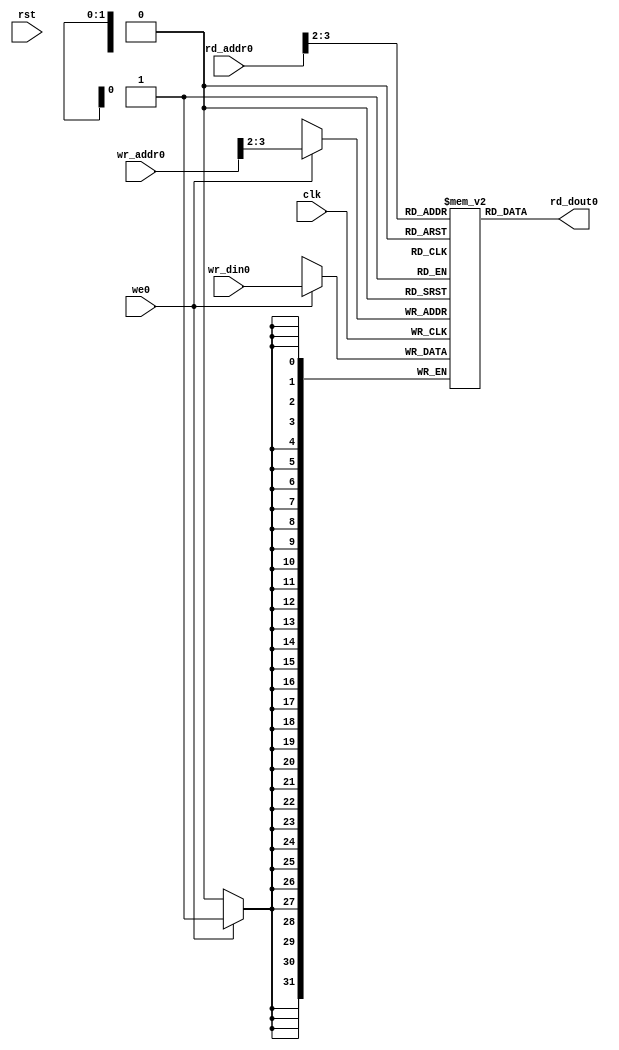
`timescale 1ns / 1ps
//////////////////////////////////////////////////////////////////////////////////
// Company: 
// Engineer: 
// 
// Design Name: 
// Module Name: mem_1r1w
// Project Name: 
// Target Devices: 
// Tool Versions: 
// Description: 
// 
// Dependencies: 
// 
// Revision:
// Revision 0.01 - File Created
// Additional Comments:
// 
//////////////////////////////////////////////////////////////////////////////////


module mem_1r1w_sram #(parameter WIDTH = 32,parameter DEPTH = 4,parameter MEMDATA = "")(
        input clk,
        input rst,
        input [ $clog2(DEPTH)+1:0]rd_addr0,wr_addr0,
        input [WIDTH-1:0]wr_din0,
        input we0,
        output [WIDTH-1:0]rd_dout0
    );
    
    reg [WIDTH-1:0] ram_block [DEPTH-1:0];
    wire [$clog2(DEPTH)-1:0]write_adr = {2'b00,wr_addr0[$clog2(DEPTH)+1:2]};
    always @(posedge clk) begin
        if (we0)
            ram_block[write_adr] <= wr_din0;
    end
    wire [$clog2(DEPTH)-1:0]read_adr = {2'b00,rd_addr0[$clog2(DEPTH)+1:2]};
    
    assign rd_dout0 = ram_block[read_adr];
    
    initial begin
        if (MEMDATA != "")
            $readmemh(MEMDATA,ram_block);
     end
endmodule